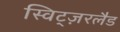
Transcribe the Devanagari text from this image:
स्विट्ज़रलैड